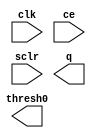
module debounce_counter (
  clk, ce, thresh0, sclr, q
)/* synthesis syn_black_box syn_noprune=1 */;
  input clk;
  input ce;
  output thresh0;
  input sclr;
  output [15 : 0] q;
  
  // synthesis translate_off
  
  wire N0;
  wire N01;
  wire N1;
  wire \\\\\\\\\\\\\\\\U0/i_synth/i_baseblox.i_baseblox_counter/q_thresh0_i_19 ;
  wire \\\\\\\\\\\\\\\\U0/i_synth/i_baseblox.i_baseblox_counter/the_addsub/no_pipelining.the_addsub/i_lut4.i_lut4_addsub/i_simple_model.i_gt_1.carrychaingen[10].carrymux_rt_52 ;
  wire \\\\\\\\\\\\\\\\U0/i_synth/i_baseblox.i_baseblox_counter/the_addsub/no_pipelining.the_addsub/i_lut4.i_lut4_addsub/i_simple_model.i_gt_1.carrychaingen[11].carrymux_rt_53 ;
  wire \\\\\\\\\\\\\\\\U0/i_synth/i_baseblox.i_baseblox_counter/the_addsub/no_pipelining.the_addsub/i_lut4.i_lut4_addsub/i_simple_model.i_gt_1.carrychaingen[12].carrymux_rt_54 ;
  wire \\\\\\\\\\\\\\\\U0/i_synth/i_baseblox.i_baseblox_counter/the_addsub/no_pipelining.the_addsub/i_lut4.i_lut4_addsub/i_simple_model.i_gt_1.carrychaingen[13].carrymux_rt_55 ;
  wire \\\\\\\\\\\\\\\\U0/i_synth/i_baseblox.i_baseblox_counter/the_addsub/no_pipelining.the_addsub/i_lut4.i_lut4_addsub/i_simple_model.i_gt_1.carrychaingen[14].carrymux_rt_56 ;
  wire \\\\\\\\\\\\\\\\U0/i_synth/i_baseblox.i_baseblox_counter/the_addsub/no_pipelining.the_addsub/i_lut4.i_lut4_addsub/i_simple_model.i_gt_1.carrychaingen[1].carrymux_rt_57 ;
  wire \\\\\\\\\\\\\\\\U0/i_synth/i_baseblox.i_baseblox_counter/the_addsub/no_pipelining.the_addsub/i_lut4.i_lut4_addsub/i_simple_model.i_gt_1.carrychaingen[2].carrymux_rt_58 ;
  wire \\\\\\\\\\\\\\\\U0/i_synth/i_baseblox.i_baseblox_counter/the_addsub/no_pipelining.the_addsub/i_lut4.i_lut4_addsub/i_simple_model.i_gt_1.carrychaingen[3].carrymux_rt_59 ;
  wire \\\\\\\\\\\\\\\\U0/i_synth/i_baseblox.i_baseblox_counter/the_addsub/no_pipelining.the_addsub/i_lut4.i_lut4_addsub/i_simple_model.i_gt_1.carrychaingen[4].carrymux_rt_60 ;
  wire \\\\\\\\\\\\\\\\U0/i_synth/i_baseblox.i_baseblox_counter/the_addsub/no_pipelining.the_addsub/i_lut4.i_lut4_addsub/i_simple_model.i_gt_1.carrychaingen[5].carrymux_rt_61 ;
  wire \\\\\\\\\\\\\\\\U0/i_synth/i_baseblox.i_baseblox_counter/the_addsub/no_pipelining.the_addsub/i_lut4.i_lut4_addsub/i_simple_model.i_gt_1.carrychaingen[6].carrymux_rt_62 ;
  wire \\\\\\\\\\\\\\\\U0/i_synth/i_baseblox.i_baseblox_counter/the_addsub/no_pipelining.the_addsub/i_lut4.i_lut4_addsub/i_simple_model.i_gt_1.carrychaingen[7].carrymux_rt_63 ;
  wire \\\\\\\\\\\\\\\\U0/i_synth/i_baseblox.i_baseblox_counter/the_addsub/no_pipelining.the_addsub/i_lut4.i_lut4_addsub/i_simple_model.i_gt_1.carrychaingen[8].carrymux_rt_64 ;
  wire \\\\\\\\\\\\\\\\U0/i_synth/i_baseblox.i_baseblox_counter/the_addsub/no_pipelining.the_addsub/i_lut4.i_lut4_addsub/i_simple_model.i_gt_1.carrychaingen[9].carrymux_rt_65 ;
  wire \\\\\\\\\\\\\\\\U0/i_synth/i_baseblox.i_baseblox_counter/thresh0_i ;
  wire \\\\\\\\\\\\\\\\U0/i_synth/i_baseblox.i_baseblox_counter/thresh0_i_cmp_eq00000_67 ;
  wire \\\\\\\\\\\\\\\\U0/i_synth/i_baseblox.i_baseblox_counter/thresh0_i_cmp_eq000012_68 ;
  wire \\\\\\\\\\\\\\\\U0/i_synth/i_baseblox.i_baseblox_counter/thresh0_i_cmp_eq000017_69 ;
  wire \\\\\\\\\\\\\\\\U0/i_synth/i_baseblox.i_baseblox_counter/thresh0_i_cmp_eq000027_70 ;
  wire \\\\\\\\\\\\\\\\U0/i_synth/i_baseblox.i_baseblox_counter/thresh0_i_cmp_eq00005_71 ;
  wire [15 : 0] \\\\\\\\\\\\\\\\U0/i_synth/i_baseblox.i_baseblox_counter/q_next ;
  wire [14 : 0] \\\\\\\\\\\\\\\\U0/i_synth/i_baseblox.i_baseblox_counter/the_addsub/no_pipelining.the_addsub/i_lut4.i_lut4_addsub/carry_simple ;
  wire [0 : 0] \\\\\\\\\\\\\\\\U0/i_synth/i_baseblox.i_baseblox_counter/the_addsub/no_pipelining.the_addsub/i_lut4.i_lut4_addsub/halfsum ;
  wire [16 : 1] \\\\\\\\\\\\\\\\NlwRenamedSig_OI_U0/i_synth/i_baseblox.i_baseblox_counter/the_addsub/no_pipelining.the_addsub/i_lut4.i_lut4_addsub/i_q.i_simple.qreg/fd/output ;
  assign
    thresh0 = \\\\\\\\\\\\\\\\U0/i_synth/i_baseblox.i_baseblox_counter/q_thresh0_i_19 ,
    q[15] = 
\\\\\\\\\\\\\\\\NlwRenamedSig_OI_U0/i_synth/i_baseblox.i_baseblox_counter/the_addsub/no_pipelining.the_addsub/i_lut4.i_lut4_addsub/i_q.i_simple.qreg/fd/output [16],
    q[14] = 
\\\\\\\\\\\\\\\\NlwRenamedSig_OI_U0/i_synth/i_baseblox.i_baseblox_counter/the_addsub/no_pipelining.the_addsub/i_lut4.i_lut4_addsub/i_q.i_simple.qreg/fd/output [15],
    q[13] = 
\\\\\\\\\\\\\\\\NlwRenamedSig_OI_U0/i_synth/i_baseblox.i_baseblox_counter/the_addsub/no_pipelining.the_addsub/i_lut4.i_lut4_addsub/i_q.i_simple.qreg/fd/output [14],
    q[12] = 
\\\\\\\\\\\\\\\\NlwRenamedSig_OI_U0/i_synth/i_baseblox.i_baseblox_counter/the_addsub/no_pipelining.the_addsub/i_lut4.i_lut4_addsub/i_q.i_simple.qreg/fd/output [13],
    q[11] = 
\\\\\\\\\\\\\\\\NlwRenamedSig_OI_U0/i_synth/i_baseblox.i_baseblox_counter/the_addsub/no_pipelining.the_addsub/i_lut4.i_lut4_addsub/i_q.i_simple.qreg/fd/output [12],
    q[10] = 
\\\\\\\\\\\\\\\\NlwRenamedSig_OI_U0/i_synth/i_baseblox.i_baseblox_counter/the_addsub/no_pipelining.the_addsub/i_lut4.i_lut4_addsub/i_q.i_simple.qreg/fd/output [11],
    q[9] = 
\\\\\\\\\\\\\\\\NlwRenamedSig_OI_U0/i_synth/i_baseblox.i_baseblox_counter/the_addsub/no_pipelining.the_addsub/i_lut4.i_lut4_addsub/i_q.i_simple.qreg/fd/output [10],
    q[8] = 
\\\\\\\\\\\\\\\\NlwRenamedSig_OI_U0/i_synth/i_baseblox.i_baseblox_counter/the_addsub/no_pipelining.the_addsub/i_lut4.i_lut4_addsub/i_q.i_simple.qreg/fd/output [9],
    q[7] = 
\\\\\\\\\\\\\\\\NlwRenamedSig_OI_U0/i_synth/i_baseblox.i_baseblox_counter/the_addsub/no_pipelining.the_addsub/i_lut4.i_lut4_addsub/i_q.i_simple.qreg/fd/output [8],
    q[6] = 
\\\\\\\\\\\\\\\\NlwRenamedSig_OI_U0/i_synth/i_baseblox.i_baseblox_counter/the_addsub/no_pipelining.the_addsub/i_lut4.i_lut4_addsub/i_q.i_simple.qreg/fd/output [7],
    q[5] = 
\\\\\\\\\\\\\\\\NlwRenamedSig_OI_U0/i_synth/i_baseblox.i_baseblox_counter/the_addsub/no_pipelining.the_addsub/i_lut4.i_lut4_addsub/i_q.i_simple.qreg/fd/output [6],
    q[4] = 
\\\\\\\\\\\\\\\\NlwRenamedSig_OI_U0/i_synth/i_baseblox.i_baseblox_counter/the_addsub/no_pipelining.the_addsub/i_lut4.i_lut4_addsub/i_q.i_simple.qreg/fd/output [5],
    q[3] = 
\\\\\\\\\\\\\\\\NlwRenamedSig_OI_U0/i_synth/i_baseblox.i_baseblox_counter/the_addsub/no_pipelining.the_addsub/i_lut4.i_lut4_addsub/i_q.i_simple.qreg/fd/output [4],
    q[2] = 
\\\\\\\\\\\\\\\\NlwRenamedSig_OI_U0/i_synth/i_baseblox.i_baseblox_counter/the_addsub/no_pipelining.the_addsub/i_lut4.i_lut4_addsub/i_q.i_simple.qreg/fd/output [3],
    q[1] = 
\\\\\\\\\\\\\\\\NlwRenamedSig_OI_U0/i_synth/i_baseblox.i_baseblox_counter/the_addsub/no_pipelining.the_addsub/i_lut4.i_lut4_addsub/i_q.i_simple.qreg/fd/output [2],
    q[0] = 
\\\\\\\\\\\\\\\\NlwRenamedSig_OI_U0/i_synth/i_baseblox.i_baseblox_counter/the_addsub/no_pipelining.the_addsub/i_lut4.i_lut4_addsub/i_q.i_simple.qreg/fd/output [1];
  GND   XST_GND (
    .G(N0)
  );
  VCC   XST_VCC (
    .P(N1)
  );
  FDRE #(
    .INIT ( 1'b0 ))
  \\\\\\\\\\\\\\\\U0/i_synth/i_baseblox.i_baseblox_counter/q_thresh0_i  (
    .C(clk),
    .CE(ce),
    .D(\\\\\\\\\\\\\\\\U0/i_synth/i_baseblox.i_baseblox_counter/thresh0_i ),
    .R(sclr),
    .Q(\\\\\\\\\\\\\\\\U0/i_synth/i_baseblox.i_baseblox_counter/q_thresh0_i_19 )
  );
  FDRE #(
    .INIT ( 1'b0 ))
  \\\\\\\\\\\\\\\\U0/i_synth/i_baseblox.i_baseblox_counter/the_addsub/no_pipelining.the_addsub/i_lut4.i_lut4_addsub/i_q.i_simple.qreg/fd/output_1  (
    .C(clk),
    .CE(ce),
    .D(\\\\\\\\\\\\\\\\U0/i_synth/i_baseblox.i_baseblox_counter/q_next [0]),
    .R(sclr),
    .Q
(\\\\\\\\\\\\\\\\NlwRenamedSig_OI_U0/i_synth/i_baseblox.i_baseblox_counter/the_addsub/no_pipelining.the_addsub/i_lut4.i_lut4_addsub/i_q.i_simple.qreg/fd/output [1])
  );
  FDRE #(
    .INIT ( 1'b0 ))
  \\\\\\\\\\\\\\\\U0/i_synth/i_baseblox.i_baseblox_counter/the_addsub/no_pipelining.the_addsub/i_lut4.i_lut4_addsub/i_q.i_simple.qreg/fd/output_2  (
    .C(clk),
    .CE(ce),
    .D(\\\\\\\\\\\\\\\\U0/i_synth/i_baseblox.i_baseblox_counter/q_next [1]),
    .R(sclr),
    .Q
(\\\\\\\\\\\\\\\\NlwRenamedSig_OI_U0/i_synth/i_baseblox.i_baseblox_counter/the_addsub/no_pipelining.the_addsub/i_lut4.i_lut4_addsub/i_q.i_simple.qreg/fd/output [2])
  );
  FDRE #(
    .INIT ( 1'b0 ))
  \\\\\\\\\\\\\\\\U0/i_synth/i_baseblox.i_baseblox_counter/the_addsub/no_pipelining.the_addsub/i_lut4.i_lut4_addsub/i_q.i_simple.qreg/fd/output_3  (
    .C(clk),
    .CE(ce),
    .D(\\\\\\\\\\\\\\\\U0/i_synth/i_baseblox.i_baseblox_counter/q_next [2]),
    .R(sclr),
    .Q
(\\\\\\\\\\\\\\\\NlwRenamedSig_OI_U0/i_synth/i_baseblox.i_baseblox_counter/the_addsub/no_pipelining.the_addsub/i_lut4.i_lut4_addsub/i_q.i_simple.qreg/fd/output [3])
  );
  FDRE #(
    .INIT ( 1'b0 ))
  \\\\\\\\\\\\\\\\U0/i_synth/i_baseblox.i_baseblox_counter/the_addsub/no_pipelining.the_addsub/i_lut4.i_lut4_addsub/i_q.i_simple.qreg/fd/output_4  (
    .C(clk),
    .CE(ce),
    .D(\\\\\\\\\\\\\\\\U0/i_synth/i_baseblox.i_baseblox_counter/q_next [3]),
    .R(sclr),
    .Q
(\\\\\\\\\\\\\\\\NlwRenamedSig_OI_U0/i_synth/i_baseblox.i_baseblox_counter/the_addsub/no_pipelining.the_addsub/i_lut4.i_lut4_addsub/i_q.i_simple.qreg/fd/output [4])
  );
  FDRE #(
    .INIT ( 1'b0 ))
  \\\\\\\\\\\\\\\\U0/i_synth/i_baseblox.i_baseblox_counter/the_addsub/no_pipelining.the_addsub/i_lut4.i_lut4_addsub/i_q.i_simple.qreg/fd/output_5  (
    .C(clk),
    .CE(ce),
    .D(\\\\\\\\\\\\\\\\U0/i_synth/i_baseblox.i_baseblox_counter/q_next [4]),
    .R(sclr),
    .Q
(\\\\\\\\\\\\\\\\NlwRenamedSig_OI_U0/i_synth/i_baseblox.i_baseblox_counter/the_addsub/no_pipelining.the_addsub/i_lut4.i_lut4_addsub/i_q.i_simple.qreg/fd/output [5])
  );
  FDRE #(
    .INIT ( 1'b0 ))
  \\\\\\\\\\\\\\\\U0/i_synth/i_baseblox.i_baseblox_counter/the_addsub/no_pipelining.the_addsub/i_lut4.i_lut4_addsub/i_q.i_simple.qreg/fd/output_6  (
    .C(clk),
    .CE(ce),
    .D(\\\\\\\\\\\\\\\\U0/i_synth/i_baseblox.i_baseblox_counter/q_next [5]),
    .R(sclr),
    .Q
(\\\\\\\\\\\\\\\\NlwRenamedSig_OI_U0/i_synth/i_baseblox.i_baseblox_counter/the_addsub/no_pipelining.the_addsub/i_lut4.i_lut4_addsub/i_q.i_simple.qreg/fd/output [6])
  );
  FDRE #(
    .INIT ( 1'b0 ))
  \\\\\\\\\\\\\\\\U0/i_synth/i_baseblox.i_baseblox_counter/the_addsub/no_pipelining.the_addsub/i_lut4.i_lut4_addsub/i_q.i_simple.qreg/fd/output_7  (
    .C(clk),
    .CE(ce),
    .D(\\\\\\\\\\\\\\\\U0/i_synth/i_baseblox.i_baseblox_counter/q_next [6]),
    .R(sclr),
    .Q
(\\\\\\\\\\\\\\\\NlwRenamedSig_OI_U0/i_synth/i_baseblox.i_baseblox_counter/the_addsub/no_pipelining.the_addsub/i_lut4.i_lut4_addsub/i_q.i_simple.qreg/fd/output [7])
  );
  FDRE #(
    .INIT ( 1'b0 ))
  \\\\\\\\\\\\\\\\U0/i_synth/i_baseblox.i_baseblox_counter/the_addsub/no_pipelining.the_addsub/i_lut4.i_lut4_addsub/i_q.i_simple.qreg/fd/output_8  (
    .C(clk),
    .CE(ce),
    .D(\\\\\\\\\\\\\\\\U0/i_synth/i_baseblox.i_baseblox_counter/q_next [7]),
    .R(sclr),
    .Q
(\\\\\\\\\\\\\\\\NlwRenamedSig_OI_U0/i_synth/i_baseblox.i_baseblox_counter/the_addsub/no_pipelining.the_addsub/i_lut4.i_lut4_addsub/i_q.i_simple.qreg/fd/output [8])
  );
  FDRE #(
    .INIT ( 1'b0 ))
  \\\\\\\\\\\\\\\\U0/i_synth/i_baseblox.i_baseblox_counter/the_addsub/no_pipelining.the_addsub/i_lut4.i_lut4_addsub/i_q.i_simple.qreg/fd/output_9  (
    .C(clk),
    .CE(ce),
    .D(\\\\\\\\\\\\\\\\U0/i_synth/i_baseblox.i_baseblox_counter/q_next [8]),
    .R(sclr),
    .Q
(\\\\\\\\\\\\\\\\NlwRenamedSig_OI_U0/i_synth/i_baseblox.i_baseblox_counter/the_addsub/no_pipelining.the_addsub/i_lut4.i_lut4_addsub/i_q.i_simple.qreg/fd/output [9])
  );
  FDRE #(
    .INIT ( 1'b0 ))
  \\\\\\\\\\\\\\\\U0/i_synth/i_baseblox.i_baseblox_counter/the_addsub/no_pipelining.the_addsub/i_lut4.i_lut4_addsub/i_q.i_simple.qreg/fd/output_10  (
    .C(clk),
    .CE(ce),
    .D(\\\\\\\\\\\\\\\\U0/i_synth/i_baseblox.i_baseblox_counter/q_next [9]),
    .R(sclr),
    .Q
(\\\\\\\\\\\\\\\\NlwRenamedSig_OI_U0/i_synth/i_baseblox.i_baseblox_counter/the_addsub/no_pipelining.the_addsub/i_lut4.i_lut4_addsub/i_q.i_simple.qreg/fd/output [10])
  );
  FDRE #(
    .INIT ( 1'b0 ))
  \\\\\\\\\\\\\\\\U0/i_synth/i_baseblox.i_baseblox_counter/the_addsub/no_pipelining.the_addsub/i_lut4.i_lut4_addsub/i_q.i_simple.qreg/fd/output_11  (
    .C(clk),
    .CE(ce),
    .D(\\\\\\\\\\\\\\\\U0/i_synth/i_baseblox.i_baseblox_counter/q_next [10]),
    .R(sclr),
    .Q
(\\\\\\\\\\\\\\\\NlwRenamedSig_OI_U0/i_synth/i_baseblox.i_baseblox_counter/the_addsub/no_pipelining.the_addsub/i_lut4.i_lut4_addsub/i_q.i_simple.qreg/fd/output [11])
  );
  FDRE #(
    .INIT ( 1'b0 ))
  \\\\\\\\\\\\\\\\U0/i_synth/i_baseblox.i_baseblox_counter/the_addsub/no_pipelining.the_addsub/i_lut4.i_lut4_addsub/i_q.i_simple.qreg/fd/output_12  (
    .C(clk),
    .CE(ce),
    .D(\\\\\\\\\\\\\\\\U0/i_synth/i_baseblox.i_baseblox_counter/q_next [11]),
    .R(sclr),
    .Q
(\\\\\\\\\\\\\\\\NlwRenamedSig_OI_U0/i_synth/i_baseblox.i_baseblox_counter/the_addsub/no_pipelining.the_addsub/i_lut4.i_lut4_addsub/i_q.i_simple.qreg/fd/output [12])
  );
  FDRE #(
    .INIT ( 1'b0 ))
  \\\\\\\\\\\\\\\\U0/i_synth/i_baseblox.i_baseblox_counter/the_addsub/no_pipelining.the_addsub/i_lut4.i_lut4_addsub/i_q.i_simple.qreg/fd/output_13  (
    .C(clk),
    .CE(ce),
    .D(\\\\\\\\\\\\\\\\U0/i_synth/i_baseblox.i_baseblox_counter/q_next [12]),
    .R(sclr),
    .Q
(\\\\\\\\\\\\\\\\NlwRenamedSig_OI_U0/i_synth/i_baseblox.i_baseblox_counter/the_addsub/no_pipelining.the_addsub/i_lut4.i_lut4_addsub/i_q.i_simple.qreg/fd/output [13])
  );
  FDRE #(
    .INIT ( 1'b0 ))
  \\\\\\\\\\\\\\\\U0/i_synth/i_baseblox.i_baseblox_counter/the_addsub/no_pipelining.the_addsub/i_lut4.i_lut4_addsub/i_q.i_simple.qreg/fd/output_14  (
    .C(clk),
    .CE(ce),
    .D(\\\\\\\\\\\\\\\\U0/i_synth/i_baseblox.i_baseblox_counter/q_next [13]),
    .R(sclr),
    .Q
(\\\\\\\\\\\\\\\\NlwRenamedSig_OI_U0/i_synth/i_baseblox.i_baseblox_counter/the_addsub/no_pipelining.the_addsub/i_lut4.i_lut4_addsub/i_q.i_simple.qreg/fd/output [14])
  );
  FDRE #(
    .INIT ( 1'b0 ))
  \\\\\\\\\\\\\\\\U0/i_synth/i_baseblox.i_baseblox_counter/the_addsub/no_pipelining.the_addsub/i_lut4.i_lut4_addsub/i_q.i_simple.qreg/fd/output_15  (
    .C(clk),
    .CE(ce),
    .D(\\\\\\\\\\\\\\\\U0/i_synth/i_baseblox.i_baseblox_counter/q_next [14]),
    .R(sclr),
    .Q
(\\\\\\\\\\\\\\\\NlwRenamedSig_OI_U0/i_synth/i_baseblox.i_baseblox_counter/the_addsub/no_pipelining.the_addsub/i_lut4.i_lut4_addsub/i_q.i_simple.qreg/fd/output [15])
  );
  FDRE #(
    .INIT ( 1'b0 ))
  \\\\\\\\\\\\\\\\U0/i_synth/i_baseblox.i_baseblox_counter/the_addsub/no_pipelining.the_addsub/i_lut4.i_lut4_addsub/i_q.i_simple.qreg/fd/output_16  (
    .C(clk),
    .CE(ce),
    .D(\\\\\\\\\\\\\\\\U0/i_synth/i_baseblox.i_baseblox_counter/q_next [15]),
    .R(sclr),
    .Q
(\\\\\\\\\\\\\\\\NlwRenamedSig_OI_U0/i_synth/i_baseblox.i_baseblox_counter/the_addsub/no_pipelining.the_addsub/i_lut4.i_lut4_addsub/i_q.i_simple.qreg/fd/output [16])
  );
  XORCY 
  \\\\\\\\\\\\\\\\U0/i_synth/i_baseblox.i_baseblox_counter/the_addsub/no_pipelining.the_addsub/i_lut4.i_lut4_addsub/i_simple_model.i_gt_1.carrychaingen[14].carryxor  (
    .CI(\\\\\\\\\\\\\\\\U0/i_synth/i_baseblox.i_baseblox_counter/the_addsub/no_pipelining.the_addsub/i_lut4.i_lut4_addsub/carry_simple [13]),
    .LI
(\\\\\\\\\\\\\\\\U0/i_synth/i_baseblox.i_baseblox_counter/the_addsub/no_pipelining.the_addsub/i_lut4.i_lut4_addsub/i_simple_model.i_gt_1.carrychaingen[14].carrymux_rt_56 )
,
    .O(\\\\\\\\\\\\\\\\U0/i_synth/i_baseblox.i_baseblox_counter/q_next [14])
  );
  MUXCY 
  \\\\\\\\\\\\\\\\U0/i_synth/i_baseblox.i_baseblox_counter/the_addsub/no_pipelining.the_addsub/i_lut4.i_lut4_addsub/i_simple_model.i_gt_1.carrychaingen[14].carrymux  (
    .CI(\\\\\\\\\\\\\\\\U0/i_synth/i_baseblox.i_baseblox_counter/the_addsub/no_pipelining.the_addsub/i_lut4.i_lut4_addsub/carry_simple [13]),
    .DI(N0),
    .S
(\\\\\\\\\\\\\\\\U0/i_synth/i_baseblox.i_baseblox_counter/the_addsub/no_pipelining.the_addsub/i_lut4.i_lut4_addsub/i_simple_model.i_gt_1.carrychaingen[14].carrymux_rt_56 )
,
    .O(\\\\\\\\\\\\\\\\U0/i_synth/i_baseblox.i_baseblox_counter/the_addsub/no_pipelining.the_addsub/i_lut4.i_lut4_addsub/carry_simple [14])
  );
  XORCY 
  \\\\\\\\\\\\\\\\U0/i_synth/i_baseblox.i_baseblox_counter/the_addsub/no_pipelining.the_addsub/i_lut4.i_lut4_addsub/i_simple_model.i_gt_1.carrychaingen[13].carryxor  (
    .CI(\\\\\\\\\\\\\\\\U0/i_synth/i_baseblox.i_baseblox_counter/the_addsub/no_pipelining.the_addsub/i_lut4.i_lut4_addsub/carry_simple [12]),
    .LI
(\\\\\\\\\\\\\\\\U0/i_synth/i_baseblox.i_baseblox_counter/the_addsub/no_pipelining.the_addsub/i_lut4.i_lut4_addsub/i_simple_model.i_gt_1.carrychaingen[13].carrymux_rt_55 )
,
    .O(\\\\\\\\\\\\\\\\U0/i_synth/i_baseblox.i_baseblox_counter/q_next [13])
  );
  MUXCY 
  \\\\\\\\\\\\\\\\U0/i_synth/i_baseblox.i_baseblox_counter/the_addsub/no_pipelining.the_addsub/i_lut4.i_lut4_addsub/i_simple_model.i_gt_1.carrychaingen[13].carrymux  (
    .CI(\\\\\\\\\\\\\\\\U0/i_synth/i_baseblox.i_baseblox_counter/the_addsub/no_pipelining.the_addsub/i_lut4.i_lut4_addsub/carry_simple [12]),
    .DI(N0),
    .S
(\\\\\\\\\\\\\\\\U0/i_synth/i_baseblox.i_baseblox_counter/the_addsub/no_pipelining.the_addsub/i_lut4.i_lut4_addsub/i_simple_model.i_gt_1.carrychaingen[13].carrymux_rt_55 )
,
    .O(\\\\\\\\\\\\\\\\U0/i_synth/i_baseblox.i_baseblox_counter/the_addsub/no_pipelining.the_addsub/i_lut4.i_lut4_addsub/carry_simple [13])
  );
  XORCY 
  \\\\\\\\\\\\\\\\U0/i_synth/i_baseblox.i_baseblox_counter/the_addsub/no_pipelining.the_addsub/i_lut4.i_lut4_addsub/i_simple_model.i_gt_1.carrychaingen[12].carryxor  (
    .CI(\\\\\\\\\\\\\\\\U0/i_synth/i_baseblox.i_baseblox_counter/the_addsub/no_pipelining.the_addsub/i_lut4.i_lut4_addsub/carry_simple [11]),
    .LI
(\\\\\\\\\\\\\\\\U0/i_synth/i_baseblox.i_baseblox_counter/the_addsub/no_pipelining.the_addsub/i_lut4.i_lut4_addsub/i_simple_model.i_gt_1.carrychaingen[12].carrymux_rt_54 )
,
    .O(\\\\\\\\\\\\\\\\U0/i_synth/i_baseblox.i_baseblox_counter/q_next [12])
  );
  MUXCY 
  \\\\\\\\\\\\\\\\U0/i_synth/i_baseblox.i_baseblox_counter/the_addsub/no_pipelining.the_addsub/i_lut4.i_lut4_addsub/i_simple_model.i_gt_1.carrychaingen[12].carrymux  (
    .CI(\\\\\\\\\\\\\\\\U0/i_synth/i_baseblox.i_baseblox_counter/the_addsub/no_pipelining.the_addsub/i_lut4.i_lut4_addsub/carry_simple [11]),
    .DI(N0),
    .S
(\\\\\\\\\\\\\\\\U0/i_synth/i_baseblox.i_baseblox_counter/the_addsub/no_pipelining.the_addsub/i_lut4.i_lut4_addsub/i_simple_model.i_gt_1.carrychaingen[12].carrymux_rt_54 )
,
    .O(\\\\\\\\\\\\\\\\U0/i_synth/i_baseblox.i_baseblox_counter/the_addsub/no_pipelining.the_addsub/i_lut4.i_lut4_addsub/carry_simple [12])
  );
  XORCY 
  \\\\\\\\\\\\\\\\U0/i_synth/i_baseblox.i_baseblox_counter/the_addsub/no_pipelining.the_addsub/i_lut4.i_lut4_addsub/i_simple_model.i_gt_1.carrychaingen[11].carryxor  (
    .CI(\\\\\\\\\\\\\\\\U0/i_synth/i_baseblox.i_baseblox_counter/the_addsub/no_pipelining.the_addsub/i_lut4.i_lut4_addsub/carry_simple [10]),
    .LI
(\\\\\\\\\\\\\\\\U0/i_synth/i_baseblox.i_baseblox_counter/the_addsub/no_pipelining.the_addsub/i_lut4.i_lut4_addsub/i_simple_model.i_gt_1.carrychaingen[11].carrymux_rt_53 )
,
    .O(\\\\\\\\\\\\\\\\U0/i_synth/i_baseblox.i_baseblox_counter/q_next [11])
  );
  MUXCY 
  \\\\\\\\\\\\\\\\U0/i_synth/i_baseblox.i_baseblox_counter/the_addsub/no_pipelining.the_addsub/i_lut4.i_lut4_addsub/i_simple_model.i_gt_1.carrychaingen[11].carrymux  (
    .CI(\\\\\\\\\\\\\\\\U0/i_synth/i_baseblox.i_baseblox_counter/the_addsub/no_pipelining.the_addsub/i_lut4.i_lut4_addsub/carry_simple [10]),
    .DI(N0),
    .S
(\\\\\\\\\\\\\\\\U0/i_synth/i_baseblox.i_baseblox_counter/the_addsub/no_pipelining.the_addsub/i_lut4.i_lut4_addsub/i_simple_model.i_gt_1.carrychaingen[11].carrymux_rt_53 )
,
    .O(\\\\\\\\\\\\\\\\U0/i_synth/i_baseblox.i_baseblox_counter/the_addsub/no_pipelining.the_addsub/i_lut4.i_lut4_addsub/carry_simple [11])
  );
  XORCY 
  \\\\\\\\\\\\\\\\U0/i_synth/i_baseblox.i_baseblox_counter/the_addsub/no_pipelining.the_addsub/i_lut4.i_lut4_addsub/i_simple_model.i_gt_1.carrychaingen[10].carryxor  (
    .CI(\\\\\\\\\\\\\\\\U0/i_synth/i_baseblox.i_baseblox_counter/the_addsub/no_pipelining.the_addsub/i_lut4.i_lut4_addsub/carry_simple [9]),
    .LI
(\\\\\\\\\\\\\\\\U0/i_synth/i_baseblox.i_baseblox_counter/the_addsub/no_pipelining.the_addsub/i_lut4.i_lut4_addsub/i_simple_model.i_gt_1.carrychaingen[10].carrymux_rt_52 )
,
    .O(\\\\\\\\\\\\\\\\U0/i_synth/i_baseblox.i_baseblox_counter/q_next [10])
  );
  MUXCY 
  \\\\\\\\\\\\\\\\U0/i_synth/i_baseblox.i_baseblox_counter/the_addsub/no_pipelining.the_addsub/i_lut4.i_lut4_addsub/i_simple_model.i_gt_1.carrychaingen[10].carrymux  (
    .CI(\\\\\\\\\\\\\\\\U0/i_synth/i_baseblox.i_baseblox_counter/the_addsub/no_pipelining.the_addsub/i_lut4.i_lut4_addsub/carry_simple [9]),
    .DI(N0),
    .S
(\\\\\\\\\\\\\\\\U0/i_synth/i_baseblox.i_baseblox_counter/the_addsub/no_pipelining.the_addsub/i_lut4.i_lut4_addsub/i_simple_model.i_gt_1.carrychaingen[10].carrymux_rt_52 )
,
    .O(\\\\\\\\\\\\\\\\U0/i_synth/i_baseblox.i_baseblox_counter/the_addsub/no_pipelining.the_addsub/i_lut4.i_lut4_addsub/carry_simple [10])
  );
  XORCY 
  \\\\\\\\\\\\\\\\U0/i_synth/i_baseblox.i_baseblox_counter/the_addsub/no_pipelining.the_addsub/i_lut4.i_lut4_addsub/i_simple_model.i_gt_1.carrychaingen[9].carryxor  (
    .CI(\\\\\\\\\\\\\\\\U0/i_synth/i_baseblox.i_baseblox_counter/the_addsub/no_pipelining.the_addsub/i_lut4.i_lut4_addsub/carry_simple [8]),
    .LI
(\\\\\\\\\\\\\\\\U0/i_synth/i_baseblox.i_baseblox_counter/the_addsub/no_pipelining.the_addsub/i_lut4.i_lut4_addsub/i_simple_model.i_gt_1.carrychaingen[9].carrymux_rt_65 )
,
    .O(\\\\\\\\\\\\\\\\U0/i_synth/i_baseblox.i_baseblox_counter/q_next [9])
  );
  MUXCY 
  \\\\\\\\\\\\\\\\U0/i_synth/i_baseblox.i_baseblox_counter/the_addsub/no_pipelining.the_addsub/i_lut4.i_lut4_addsub/i_simple_model.i_gt_1.carrychaingen[9].carrymux  (
    .CI(\\\\\\\\\\\\\\\\U0/i_synth/i_baseblox.i_baseblox_counter/the_addsub/no_pipelining.the_addsub/i_lut4.i_lut4_addsub/carry_simple [8]),
    .DI(N0),
    .S
(\\\\\\\\\\\\\\\\U0/i_synth/i_baseblox.i_baseblox_counter/the_addsub/no_pipelining.the_addsub/i_lut4.i_lut4_addsub/i_simple_model.i_gt_1.carrychaingen[9].carrymux_rt_65 )
,
    .O(\\\\\\\\\\\\\\\\U0/i_synth/i_baseblox.i_baseblox_counter/the_addsub/no_pipelining.the_addsub/i_lut4.i_lut4_addsub/carry_simple [9])
  );
  XORCY 
  \\\\\\\\\\\\\\\\U0/i_synth/i_baseblox.i_baseblox_counter/the_addsub/no_pipelining.the_addsub/i_lut4.i_lut4_addsub/i_simple_model.i_gt_1.carrychaingen[8].carryxor  (
    .CI(\\\\\\\\\\\\\\\\U0/i_synth/i_baseblox.i_baseblox_counter/the_addsub/no_pipelining.the_addsub/i_lut4.i_lut4_addsub/carry_simple [7]),
    .LI
(\\\\\\\\\\\\\\\\U0/i_synth/i_baseblox.i_baseblox_counter/the_addsub/no_pipelining.the_addsub/i_lut4.i_lut4_addsub/i_simple_model.i_gt_1.carrychaingen[8].carrymux_rt_64 )
,
    .O(\\\\\\\\\\\\\\\\U0/i_synth/i_baseblox.i_baseblox_counter/q_next [8])
  );
  MUXCY 
  \\\\\\\\\\\\\\\\U0/i_synth/i_baseblox.i_baseblox_counter/the_addsub/no_pipelining.the_addsub/i_lut4.i_lut4_addsub/i_simple_model.i_gt_1.carrychaingen[8].carrymux  (
    .CI(\\\\\\\\\\\\\\\\U0/i_synth/i_baseblox.i_baseblox_counter/the_addsub/no_pipelining.the_addsub/i_lut4.i_lut4_addsub/carry_simple [7]),
    .DI(N0),
    .S
(\\\\\\\\\\\\\\\\U0/i_synth/i_baseblox.i_baseblox_counter/the_addsub/no_pipelining.the_addsub/i_lut4.i_lut4_addsub/i_simple_model.i_gt_1.carrychaingen[8].carrymux_rt_64 )
,
    .O(\\\\\\\\\\\\\\\\U0/i_synth/i_baseblox.i_baseblox_counter/the_addsub/no_pipelining.the_addsub/i_lut4.i_lut4_addsub/carry_simple [8])
  );
  XORCY 
  \\\\\\\\\\\\\\\\U0/i_synth/i_baseblox.i_baseblox_counter/the_addsub/no_pipelining.the_addsub/i_lut4.i_lut4_addsub/i_simple_model.i_gt_1.carrychaingen[7].carryxor  (
    .CI(\\\\\\\\\\\\\\\\U0/i_synth/i_baseblox.i_baseblox_counter/the_addsub/no_pipelining.the_addsub/i_lut4.i_lut4_addsub/carry_simple [6]),
    .LI
(\\\\\\\\\\\\\\\\U0/i_synth/i_baseblox.i_baseblox_counter/the_addsub/no_pipelining.the_addsub/i_lut4.i_lut4_addsub/i_simple_model.i_gt_1.carrychaingen[7].carrymux_rt_63 )
,
    .O(\\\\\\\\\\\\\\\\U0/i_synth/i_baseblox.i_baseblox_counter/q_next [7])
  );
  MUXCY 
  \\\\\\\\\\\\\\\\U0/i_synth/i_baseblox.i_baseblox_counter/the_addsub/no_pipelining.the_addsub/i_lut4.i_lut4_addsub/i_simple_model.i_gt_1.carrychaingen[7].carrymux  (
    .CI(\\\\\\\\\\\\\\\\U0/i_synth/i_baseblox.i_baseblox_counter/the_addsub/no_pipelining.the_addsub/i_lut4.i_lut4_addsub/carry_simple [6]),
    .DI(N0),
    .S
(\\\\\\\\\\\\\\\\U0/i_synth/i_baseblox.i_baseblox_counter/the_addsub/no_pipelining.the_addsub/i_lut4.i_lut4_addsub/i_simple_model.i_gt_1.carrychaingen[7].carrymux_rt_63 )
,
    .O(\\\\\\\\\\\\\\\\U0/i_synth/i_baseblox.i_baseblox_counter/the_addsub/no_pipelining.the_addsub/i_lut4.i_lut4_addsub/carry_simple [7])
  );
  XORCY 
  \\\\\\\\\\\\\\\\U0/i_synth/i_baseblox.i_baseblox_counter/the_addsub/no_pipelining.the_addsub/i_lut4.i_lut4_addsub/i_simple_model.i_gt_1.carrychaingen[6].carryxor  (
    .CI(\\\\\\\\\\\\\\\\U0/i_synth/i_baseblox.i_baseblox_counter/the_addsub/no_pipelining.the_addsub/i_lut4.i_lut4_addsub/carry_simple [5]),
    .LI
(\\\\\\\\\\\\\\\\U0/i_synth/i_baseblox.i_baseblox_counter/the_addsub/no_pipelining.the_addsub/i_lut4.i_lut4_addsub/i_simple_model.i_gt_1.carrychaingen[6].carrymux_rt_62 )
,
    .O(\\\\\\\\\\\\\\\\U0/i_synth/i_baseblox.i_baseblox_counter/q_next [6])
  );
  MUXCY 
  \\\\\\\\\\\\\\\\U0/i_synth/i_baseblox.i_baseblox_counter/the_addsub/no_pipelining.the_addsub/i_lut4.i_lut4_addsub/i_simple_model.i_gt_1.carrychaingen[6].carrymux  (
    .CI(\\\\\\\\\\\\\\\\U0/i_synth/i_baseblox.i_baseblox_counter/the_addsub/no_pipelining.the_addsub/i_lut4.i_lut4_addsub/carry_simple [5]),
    .DI(N0),
    .S
(\\\\\\\\\\\\\\\\U0/i_synth/i_baseblox.i_baseblox_counter/the_addsub/no_pipelining.the_addsub/i_lut4.i_lut4_addsub/i_simple_model.i_gt_1.carrychaingen[6].carrymux_rt_62 )
,
    .O(\\\\\\\\\\\\\\\\U0/i_synth/i_baseblox.i_baseblox_counter/the_addsub/no_pipelining.the_addsub/i_lut4.i_lut4_addsub/carry_simple [6])
  );
  XORCY 
  \\\\\\\\\\\\\\\\U0/i_synth/i_baseblox.i_baseblox_counter/the_addsub/no_pipelining.the_addsub/i_lut4.i_lut4_addsub/i_simple_model.i_gt_1.carrychaingen[5].carryxor  (
    .CI(\\\\\\\\\\\\\\\\U0/i_synth/i_baseblox.i_baseblox_counter/the_addsub/no_pipelining.the_addsub/i_lut4.i_lut4_addsub/carry_simple [4]),
    .LI
(\\\\\\\\\\\\\\\\U0/i_synth/i_baseblox.i_baseblox_counter/the_addsub/no_pipelining.the_addsub/i_lut4.i_lut4_addsub/i_simple_model.i_gt_1.carrychaingen[5].carrymux_rt_61 )
,
    .O(\\\\\\\\\\\\\\\\U0/i_synth/i_baseblox.i_baseblox_counter/q_next [5])
  );
  MUXCY 
  \\\\\\\\\\\\\\\\U0/i_synth/i_baseblox.i_baseblox_counter/the_addsub/no_pipelining.the_addsub/i_lut4.i_lut4_addsub/i_simple_model.i_gt_1.carrychaingen[5].carrymux  (
    .CI(\\\\\\\\\\\\\\\\U0/i_synth/i_baseblox.i_baseblox_counter/the_addsub/no_pipelining.the_addsub/i_lut4.i_lut4_addsub/carry_simple [4]),
    .DI(N0),
    .S
(\\\\\\\\\\\\\\\\U0/i_synth/i_baseblox.i_baseblox_counter/the_addsub/no_pipelining.the_addsub/i_lut4.i_lut4_addsub/i_simple_model.i_gt_1.carrychaingen[5].carrymux_rt_61 )
,
    .O(\\\\\\\\\\\\\\\\U0/i_synth/i_baseblox.i_baseblox_counter/the_addsub/no_pipelining.the_addsub/i_lut4.i_lut4_addsub/carry_simple [5])
  );
  XORCY 
  \\\\\\\\\\\\\\\\U0/i_synth/i_baseblox.i_baseblox_counter/the_addsub/no_pipelining.the_addsub/i_lut4.i_lut4_addsub/i_simple_model.i_gt_1.carrychaingen[4].carryxor  (
    .CI(\\\\\\\\\\\\\\\\U0/i_synth/i_baseblox.i_baseblox_counter/the_addsub/no_pipelining.the_addsub/i_lut4.i_lut4_addsub/carry_simple [3]),
    .LI
(\\\\\\\\\\\\\\\\U0/i_synth/i_baseblox.i_baseblox_counter/the_addsub/no_pipelining.the_addsub/i_lut4.i_lut4_addsub/i_simple_model.i_gt_1.carrychaingen[4].carrymux_rt_60 )
,
    .O(\\\\\\\\\\\\\\\\U0/i_synth/i_baseblox.i_baseblox_counter/q_next [4])
  );
  MUXCY 
  \\\\\\\\\\\\\\\\U0/i_synth/i_baseblox.i_baseblox_counter/the_addsub/no_pipelining.the_addsub/i_lut4.i_lut4_addsub/i_simple_model.i_gt_1.carrychaingen[4].carrymux  (
    .CI(\\\\\\\\\\\\\\\\U0/i_synth/i_baseblox.i_baseblox_counter/the_addsub/no_pipelining.the_addsub/i_lut4.i_lut4_addsub/carry_simple [3]),
    .DI(N0),
    .S
(\\\\\\\\\\\\\\\\U0/i_synth/i_baseblox.i_baseblox_counter/the_addsub/no_pipelining.the_addsub/i_lut4.i_lut4_addsub/i_simple_model.i_gt_1.carrychaingen[4].carrymux_rt_60 )
,
    .O(\\\\\\\\\\\\\\\\U0/i_synth/i_baseblox.i_baseblox_counter/the_addsub/no_pipelining.the_addsub/i_lut4.i_lut4_addsub/carry_simple [4])
  );
  XORCY 
  \\\\\\\\\\\\\\\\U0/i_synth/i_baseblox.i_baseblox_counter/the_addsub/no_pipelining.the_addsub/i_lut4.i_lut4_addsub/i_simple_model.i_gt_1.carrychaingen[3].carryxor  (
    .CI(\\\\\\\\\\\\\\\\U0/i_synth/i_baseblox.i_baseblox_counter/the_addsub/no_pipelining.the_addsub/i_lut4.i_lut4_addsub/carry_simple [2]),
    .LI
(\\\\\\\\\\\\\\\\U0/i_synth/i_baseblox.i_baseblox_counter/the_addsub/no_pipelining.the_addsub/i_lut4.i_lut4_addsub/i_simple_model.i_gt_1.carrychaingen[3].carrymux_rt_59 )
,
    .O(\\\\\\\\\\\\\\\\U0/i_synth/i_baseblox.i_baseblox_counter/q_next [3])
  );
  MUXCY 
  \\\\\\\\\\\\\\\\U0/i_synth/i_baseblox.i_baseblox_counter/the_addsub/no_pipelining.the_addsub/i_lut4.i_lut4_addsub/i_simple_model.i_gt_1.carrychaingen[3].carrymux  (
    .CI(\\\\\\\\\\\\\\\\U0/i_synth/i_baseblox.i_baseblox_counter/the_addsub/no_pipelining.the_addsub/i_lut4.i_lut4_addsub/carry_simple [2]),
    .DI(N0),
    .S
(\\\\\\\\\\\\\\\\U0/i_synth/i_baseblox.i_baseblox_counter/the_addsub/no_pipelining.the_addsub/i_lut4.i_lut4_addsub/i_simple_model.i_gt_1.carrychaingen[3].carrymux_rt_59 )
,
    .O(\\\\\\\\\\\\\\\\U0/i_synth/i_baseblox.i_baseblox_counter/the_addsub/no_pipelining.the_addsub/i_lut4.i_lut4_addsub/carry_simple [3])
  );
  XORCY 
  \\\\\\\\\\\\\\\\U0/i_synth/i_baseblox.i_baseblox_counter/the_addsub/no_pipelining.the_addsub/i_lut4.i_lut4_addsub/i_simple_model.i_gt_1.carrychaingen[2].carryxor  (
    .CI(\\\\\\\\\\\\\\\\U0/i_synth/i_baseblox.i_baseblox_counter/the_addsub/no_pipelining.the_addsub/i_lut4.i_lut4_addsub/carry_simple [1]),
    .LI
(\\\\\\\\\\\\\\\\U0/i_synth/i_baseblox.i_baseblox_counter/the_addsub/no_pipelining.the_addsub/i_lut4.i_lut4_addsub/i_simple_model.i_gt_1.carrychaingen[2].carrymux_rt_58 )
,
    .O(\\\\\\\\\\\\\\\\U0/i_synth/i_baseblox.i_baseblox_counter/q_next [2])
  );
  MUXCY 
  \\\\\\\\\\\\\\\\U0/i_synth/i_baseblox.i_baseblox_counter/the_addsub/no_pipelining.the_addsub/i_lut4.i_lut4_addsub/i_simple_model.i_gt_1.carrychaingen[2].carrymux  (
    .CI(\\\\\\\\\\\\\\\\U0/i_synth/i_baseblox.i_baseblox_counter/the_addsub/no_pipelining.the_addsub/i_lut4.i_lut4_addsub/carry_simple [1]),
    .DI(N0),
    .S
(\\\\\\\\\\\\\\\\U0/i_synth/i_baseblox.i_baseblox_counter/the_addsub/no_pipelining.the_addsub/i_lut4.i_lut4_addsub/i_simple_model.i_gt_1.carrychaingen[2].carrymux_rt_58 )
,
    .O(\\\\\\\\\\\\\\\\U0/i_synth/i_baseblox.i_baseblox_counter/the_addsub/no_pipelining.the_addsub/i_lut4.i_lut4_addsub/carry_simple [2])
  );
  XORCY 
  \\\\\\\\\\\\\\\\U0/i_synth/i_baseblox.i_baseblox_counter/the_addsub/no_pipelining.the_addsub/i_lut4.i_lut4_addsub/i_simple_model.i_gt_1.carrychaingen[1].carryxor  (
    .CI(\\\\\\\\\\\\\\\\U0/i_synth/i_baseblox.i_baseblox_counter/the_addsub/no_pipelining.the_addsub/i_lut4.i_lut4_addsub/carry_simple [0]),
    .LI
(\\\\\\\\\\\\\\\\U0/i_synth/i_baseblox.i_baseblox_counter/the_addsub/no_pipelining.the_addsub/i_lut4.i_lut4_addsub/i_simple_model.i_gt_1.carrychaingen[1].carrymux_rt_57 )
,
    .O(\\\\\\\\\\\\\\\\U0/i_synth/i_baseblox.i_baseblox_counter/q_next [1])
  );
  MUXCY 
  \\\\\\\\\\\\\\\\U0/i_synth/i_baseblox.i_baseblox_counter/the_addsub/no_pipelining.the_addsub/i_lut4.i_lut4_addsub/i_simple_model.i_gt_1.carrychaingen[1].carrymux  (
    .CI(\\\\\\\\\\\\\\\\U0/i_synth/i_baseblox.i_baseblox_counter/the_addsub/no_pipelining.the_addsub/i_lut4.i_lut4_addsub/carry_simple [0]),
    .DI(N0),
    .S
(\\\\\\\\\\\\\\\\U0/i_synth/i_baseblox.i_baseblox_counter/the_addsub/no_pipelining.the_addsub/i_lut4.i_lut4_addsub/i_simple_model.i_gt_1.carrychaingen[1].carrymux_rt_57 )
,
    .O(\\\\\\\\\\\\\\\\U0/i_synth/i_baseblox.i_baseblox_counter/the_addsub/no_pipelining.the_addsub/i_lut4.i_lut4_addsub/carry_simple [1])
  );
  XORCY   \\\\\\\\\\\\\\\\U0/i_synth/i_baseblox.i_baseblox_counter/the_addsub/no_pipelining.the_addsub/i_lut4.i_lut4_addsub/i_simple_model.i_gt_1.carryxortop  (
    .CI(\\\\\\\\\\\\\\\\U0/i_synth/i_baseblox.i_baseblox_counter/the_addsub/no_pipelining.the_addsub/i_lut4.i_lut4_addsub/carry_simple [14]),
    .LI
(\\\\\\\\\\\\\\\\NlwRenamedSig_OI_U0/i_synth/i_baseblox.i_baseblox_counter/the_addsub/no_pipelining.the_addsub/i_lut4.i_lut4_addsub/i_q.i_simple.qreg/fd/output [16])
,
    .O(\\\\\\\\\\\\\\\\U0/i_synth/i_baseblox.i_baseblox_counter/q_next [15])
  );
  XORCY   \\\\\\\\\\\\\\\\U0/i_synth/i_baseblox.i_baseblox_counter/the_addsub/no_pipelining.the_addsub/i_lut4.i_lut4_addsub/i_simple_model.carryxor0  (
    .CI(N0),
    .LI(\\\\\\\\\\\\\\\\U0/i_synth/i_baseblox.i_baseblox_counter/the_addsub/no_pipelining.the_addsub/i_lut4.i_lut4_addsub/halfsum [0]),
    .O(\\\\\\\\\\\\\\\\U0/i_synth/i_baseblox.i_baseblox_counter/q_next [0])
  );
  MUXCY   \\\\\\\\\\\\\\\\U0/i_synth/i_baseblox.i_baseblox_counter/the_addsub/no_pipelining.the_addsub/i_lut4.i_lut4_addsub/i_simple_model.i_need_mux.carrymux0  (
    .CI(N0),
    .DI(N1),
    .S(\\\\\\\\\\\\\\\\U0/i_synth/i_baseblox.i_baseblox_counter/the_addsub/no_pipelining.the_addsub/i_lut4.i_lut4_addsub/halfsum [0]),
    .O(\\\\\\\\\\\\\\\\U0/i_synth/i_baseblox.i_baseblox_counter/the_addsub/no_pipelining.the_addsub/i_lut4.i_lut4_addsub/carry_simple [0])
  );
  LUT2 #(
    .INIT ( 4'h8 ))
  \\\\\\\\\\\\\\\\U0/i_synth/i_baseblox.i_baseblox_counter/thresh0_i_cmp_eq00000  (
    .I0(\\\\\\\\\\\\\\\\U0/i_synth/i_baseblox.i_baseblox_counter/q_next [13]),
    .I1(\\\\\\\\\\\\\\\\U0/i_synth/i_baseblox.i_baseblox_counter/q_next [14]),
    .O(\\\\\\\\\\\\\\\\U0/i_synth/i_baseblox.i_baseblox_counter/thresh0_i_cmp_eq00000_67 )
  );
  LUT3 #(
    .INIT ( 8'h08 ))
  \\\\\\\\\\\\\\\\U0/i_synth/i_baseblox.i_baseblox_counter/thresh0_i_cmp_eq00005  (
    .I0(\\\\\\\\\\\\\\\\U0/i_synth/i_baseblox.i_baseblox_counter/q_next [7]),
    .I1(\\\\\\\\\\\\\\\\U0/i_synth/i_baseblox.i_baseblox_counter/q_next [6]),
    .I2(\\\\\\\\\\\\\\\\U0/i_synth/i_baseblox.i_baseblox_counter/q_next [15]),
    .O(\\\\\\\\\\\\\\\\U0/i_synth/i_baseblox.i_baseblox_counter/thresh0_i_cmp_eq00005_71 )
  );
  LUT4 #(
    .INIT ( 16'h8000 ))
  \\\\\\\\\\\\\\\\U0/i_synth/i_baseblox.i_baseblox_counter/thresh0_i_cmp_eq000017  (
    .I0(\\\\\\\\\\\\\\\\U0/i_synth/i_baseblox.i_baseblox_counter/q_next [10]),
    .I1(\\\\\\\\\\\\\\\\U0/i_synth/i_baseblox.i_baseblox_counter/q_next [9]),
    .I2(\\\\\\\\\\\\\\\\U0/i_synth/i_baseblox.i_baseblox_counter/q_next [8]),
    .I3(\\\\\\\\\\\\\\\\U0/i_synth/i_baseblox.i_baseblox_counter/thresh0_i_cmp_eq000012_68 ),
    .O(\\\\\\\\\\\\\\\\U0/i_synth/i_baseblox.i_baseblox_counter/thresh0_i_cmp_eq000017_69 )
  );
  LUT4 #(
    .INIT ( 16'h8000 ))
  \\\\\\\\\\\\\\\\U0/i_synth/i_baseblox.i_baseblox_counter/thresh0_i_cmp_eq000042  (
    .I0(\\\\\\\\\\\\\\\\U0/i_synth/i_baseblox.i_baseblox_counter/thresh0_i_cmp_eq00000_67 ),
    .I1(\\\\\\\\\\\\\\\\U0/i_synth/i_baseblox.i_baseblox_counter/thresh0_i_cmp_eq00005_71 ),
    .I2(\\\\\\\\\\\\\\\\U0/i_synth/i_baseblox.i_baseblox_counter/thresh0_i_cmp_eq000017_69 ),
    .I3(\\\\\\\\\\\\\\\\U0/i_synth/i_baseblox.i_baseblox_counter/thresh0_i_cmp_eq000027_70 ),
    .O(\\\\\\\\\\\\\\\\U0/i_synth/i_baseblox.i_baseblox_counter/thresh0_i )
  );
  LUT1 #(
    .INIT ( 2'h2 ))
  \\\\\\\\\\\\\\\\U0/i_synth/i_baseblox.i_baseblox_counter/the_addsub/no_pipelining.the_addsub/i_lut4.i_lut4_addsub/i_simple_model.i_gt_1.carrychaingen[14].carrymux_rt  (
    .I0
(\\\\\\\\\\\\\\\\NlwRenamedSig_OI_U0/i_synth/i_baseblox.i_baseblox_counter/the_addsub/no_pipelining.the_addsub/i_lut4.i_lut4_addsub/i_q.i_simple.qreg/fd/output [15])
,
    .O
(\\\\\\\\\\\\\\\\U0/i_synth/i_baseblox.i_baseblox_counter/the_addsub/no_pipelining.the_addsub/i_lut4.i_lut4_addsub/i_simple_model.i_gt_1.carrychaingen[14].carrymux_rt_56 )

  );
  LUT1 #(
    .INIT ( 2'h2 ))
  \\\\\\\\\\\\\\\\U0/i_synth/i_baseblox.i_baseblox_counter/the_addsub/no_pipelining.the_addsub/i_lut4.i_lut4_addsub/i_simple_model.i_gt_1.carrychaingen[13].carrymux_rt  (
    .I0
(\\\\\\\\\\\\\\\\NlwRenamedSig_OI_U0/i_synth/i_baseblox.i_baseblox_counter/the_addsub/no_pipelining.the_addsub/i_lut4.i_lut4_addsub/i_q.i_simple.qreg/fd/output [14])
,
    .O
(\\\\\\\\\\\\\\\\U0/i_synth/i_baseblox.i_baseblox_counter/the_addsub/no_pipelining.the_addsub/i_lut4.i_lut4_addsub/i_simple_model.i_gt_1.carrychaingen[13].carrymux_rt_55 )

  );
  LUT1 #(
    .INIT ( 2'h2 ))
  \\\\\\\\\\\\\\\\U0/i_synth/i_baseblox.i_baseblox_counter/the_addsub/no_pipelining.the_addsub/i_lut4.i_lut4_addsub/i_simple_model.i_gt_1.carrychaingen[12].carrymux_rt  (
    .I0
(\\\\\\\\\\\\\\\\NlwRenamedSig_OI_U0/i_synth/i_baseblox.i_baseblox_counter/the_addsub/no_pipelining.the_addsub/i_lut4.i_lut4_addsub/i_q.i_simple.qreg/fd/output [13])
,
    .O
(\\\\\\\\\\\\\\\\U0/i_synth/i_baseblox.i_baseblox_counter/the_addsub/no_pipelining.the_addsub/i_lut4.i_lut4_addsub/i_simple_model.i_gt_1.carrychaingen[12].carrymux_rt_54 )

  );
  LUT1 #(
    .INIT ( 2'h2 ))
  \\\\\\\\\\\\\\\\U0/i_synth/i_baseblox.i_baseblox_counter/the_addsub/no_pipelining.the_addsub/i_lut4.i_lut4_addsub/i_simple_model.i_gt_1.carrychaingen[11].carrymux_rt  (
    .I0
(\\\\\\\\\\\\\\\\NlwRenamedSig_OI_U0/i_synth/i_baseblox.i_baseblox_counter/the_addsub/no_pipelining.the_addsub/i_lut4.i_lut4_addsub/i_q.i_simple.qreg/fd/output [12])
,
    .O
(\\\\\\\\\\\\\\\\U0/i_synth/i_baseblox.i_baseblox_counter/the_addsub/no_pipelining.the_addsub/i_lut4.i_lut4_addsub/i_simple_model.i_gt_1.carrychaingen[11].carrymux_rt_53 )

  );
  LUT1 #(
    .INIT ( 2'h2 ))
  \\\\\\\\\\\\\\\\U0/i_synth/i_baseblox.i_baseblox_counter/the_addsub/no_pipelining.the_addsub/i_lut4.i_lut4_addsub/i_simple_model.i_gt_1.carrychaingen[10].carrymux_rt  (
    .I0
(\\\\\\\\\\\\\\\\NlwRenamedSig_OI_U0/i_synth/i_baseblox.i_baseblox_counter/the_addsub/no_pipelining.the_addsub/i_lut4.i_lut4_addsub/i_q.i_simple.qreg/fd/output [11])
,
    .O
(\\\\\\\\\\\\\\\\U0/i_synth/i_baseblox.i_baseblox_counter/the_addsub/no_pipelining.the_addsub/i_lut4.i_lut4_addsub/i_simple_model.i_gt_1.carrychaingen[10].carrymux_rt_52 )

  );
  LUT1 #(
    .INIT ( 2'h2 ))
  \\\\\\\\\\\\\\\\U0/i_synth/i_baseblox.i_baseblox_counter/the_addsub/no_pipelining.the_addsub/i_lut4.i_lut4_addsub/i_simple_model.i_gt_1.carrychaingen[9].carrymux_rt  (
    .I0
(\\\\\\\\\\\\\\\\NlwRenamedSig_OI_U0/i_synth/i_baseblox.i_baseblox_counter/the_addsub/no_pipelining.the_addsub/i_lut4.i_lut4_addsub/i_q.i_simple.qreg/fd/output [10])
,
    .O
(\\\\\\\\\\\\\\\\U0/i_synth/i_baseblox.i_baseblox_counter/the_addsub/no_pipelining.the_addsub/i_lut4.i_lut4_addsub/i_simple_model.i_gt_1.carrychaingen[9].carrymux_rt_65 )

  );
  LUT1 #(
    .INIT ( 2'h2 ))
  \\\\\\\\\\\\\\\\U0/i_synth/i_baseblox.i_baseblox_counter/the_addsub/no_pipelining.the_addsub/i_lut4.i_lut4_addsub/i_simple_model.i_gt_1.carrychaingen[8].carrymux_rt  (
    .I0
(\\\\\\\\\\\\\\\\NlwRenamedSig_OI_U0/i_synth/i_baseblox.i_baseblox_counter/the_addsub/no_pipelining.the_addsub/i_lut4.i_lut4_addsub/i_q.i_simple.qreg/fd/output [9]),
    .O
(\\\\\\\\\\\\\\\\U0/i_synth/i_baseblox.i_baseblox_counter/the_addsub/no_pipelining.the_addsub/i_lut4.i_lut4_addsub/i_simple_model.i_gt_1.carrychaingen[8].carrymux_rt_64 )

  );
  LUT1 #(
    .INIT ( 2'h2 ))
  \\\\\\\\\\\\\\\\U0/i_synth/i_baseblox.i_baseblox_counter/the_addsub/no_pipelining.the_addsub/i_lut4.i_lut4_addsub/i_simple_model.i_gt_1.carrychaingen[7].carrymux_rt  (
    .I0
(\\\\\\\\\\\\\\\\NlwRenamedSig_OI_U0/i_synth/i_baseblox.i_baseblox_counter/the_addsub/no_pipelining.the_addsub/i_lut4.i_lut4_addsub/i_q.i_simple.qreg/fd/output [8]),
    .O
(\\\\\\\\\\\\\\\\U0/i_synth/i_baseblox.i_baseblox_counter/the_addsub/no_pipelining.the_addsub/i_lut4.i_lut4_addsub/i_simple_model.i_gt_1.carrychaingen[7].carrymux_rt_63 )

  );
  LUT1 #(
    .INIT ( 2'h2 ))
  \\\\\\\\\\\\\\\\U0/i_synth/i_baseblox.i_baseblox_counter/the_addsub/no_pipelining.the_addsub/i_lut4.i_lut4_addsub/i_simple_model.i_gt_1.carrychaingen[6].carrymux_rt  (
    .I0
(\\\\\\\\\\\\\\\\NlwRenamedSig_OI_U0/i_synth/i_baseblox.i_baseblox_counter/the_addsub/no_pipelining.the_addsub/i_lut4.i_lut4_addsub/i_q.i_simple.qreg/fd/output [7]),
    .O
(\\\\\\\\\\\\\\\\U0/i_synth/i_baseblox.i_baseblox_counter/the_addsub/no_pipelining.the_addsub/i_lut4.i_lut4_addsub/i_simple_model.i_gt_1.carrychaingen[6].carrymux_rt_62 )

  );
  LUT1 #(
    .INIT ( 2'h2 ))
  \\\\\\\\\\\\\\\\U0/i_synth/i_baseblox.i_baseblox_counter/the_addsub/no_pipelining.the_addsub/i_lut4.i_lut4_addsub/i_simple_model.i_gt_1.carrychaingen[5].carrymux_rt  (
    .I0
(\\\\\\\\\\\\\\\\NlwRenamedSig_OI_U0/i_synth/i_baseblox.i_baseblox_counter/the_addsub/no_pipelining.the_addsub/i_lut4.i_lut4_addsub/i_q.i_simple.qreg/fd/output [6]),
    .O
(\\\\\\\\\\\\\\\\U0/i_synth/i_baseblox.i_baseblox_counter/the_addsub/no_pipelining.the_addsub/i_lut4.i_lut4_addsub/i_simple_model.i_gt_1.carrychaingen[5].carrymux_rt_61 )

  );
  LUT1 #(
    .INIT ( 2'h2 ))
  \\\\\\\\\\\\\\\\U0/i_synth/i_baseblox.i_baseblox_counter/the_addsub/no_pipelining.the_addsub/i_lut4.i_lut4_addsub/i_simple_model.i_gt_1.carrychaingen[4].carrymux_rt  (
    .I0
(\\\\\\\\\\\\\\\\NlwRenamedSig_OI_U0/i_synth/i_baseblox.i_baseblox_counter/the_addsub/no_pipelining.the_addsub/i_lut4.i_lut4_addsub/i_q.i_simple.qreg/fd/output [5]),
    .O
(\\\\\\\\\\\\\\\\U0/i_synth/i_baseblox.i_baseblox_counter/the_addsub/no_pipelining.the_addsub/i_lut4.i_lut4_addsub/i_simple_model.i_gt_1.carrychaingen[4].carrymux_rt_60 )

  );
  LUT1 #(
    .INIT ( 2'h2 ))
  \\\\\\\\\\\\\\\\U0/i_synth/i_baseblox.i_baseblox_counter/the_addsub/no_pipelining.the_addsub/i_lut4.i_lut4_addsub/i_simple_model.i_gt_1.carrychaingen[3].carrymux_rt  (
    .I0
(\\\\\\\\\\\\\\\\NlwRenamedSig_OI_U0/i_synth/i_baseblox.i_baseblox_counter/the_addsub/no_pipelining.the_addsub/i_lut4.i_lut4_addsub/i_q.i_simple.qreg/fd/output [4]),
    .O
(\\\\\\\\\\\\\\\\U0/i_synth/i_baseblox.i_baseblox_counter/the_addsub/no_pipelining.the_addsub/i_lut4.i_lut4_addsub/i_simple_model.i_gt_1.carrychaingen[3].carrymux_rt_59 )

  );
  LUT1 #(
    .INIT ( 2'h2 ))
  \\\\\\\\\\\\\\\\U0/i_synth/i_baseblox.i_baseblox_counter/the_addsub/no_pipelining.the_addsub/i_lut4.i_lut4_addsub/i_simple_model.i_gt_1.carrychaingen[2].carrymux_rt  (
    .I0
(\\\\\\\\\\\\\\\\NlwRenamedSig_OI_U0/i_synth/i_baseblox.i_baseblox_counter/the_addsub/no_pipelining.the_addsub/i_lut4.i_lut4_addsub/i_q.i_simple.qreg/fd/output [3]),
    .O
(\\\\\\\\\\\\\\\\U0/i_synth/i_baseblox.i_baseblox_counter/the_addsub/no_pipelining.the_addsub/i_lut4.i_lut4_addsub/i_simple_model.i_gt_1.carrychaingen[2].carrymux_rt_58 )

  );
  LUT1 #(
    .INIT ( 2'h2 ))
  \\\\\\\\\\\\\\\\U0/i_synth/i_baseblox.i_baseblox_counter/the_addsub/no_pipelining.the_addsub/i_lut4.i_lut4_addsub/i_simple_model.i_gt_1.carrychaingen[1].carrymux_rt  (
    .I0
(\\\\\\\\\\\\\\\\NlwRenamedSig_OI_U0/i_synth/i_baseblox.i_baseblox_counter/the_addsub/no_pipelining.the_addsub/i_lut4.i_lut4_addsub/i_q.i_simple.qreg/fd/output [2]),
    .O
(\\\\\\\\\\\\\\\\U0/i_synth/i_baseblox.i_baseblox_counter/the_addsub/no_pipelining.the_addsub/i_lut4.i_lut4_addsub/i_simple_model.i_gt_1.carrychaingen[1].carrymux_rt_57 )

  );
  LUT3 #(
    .INIT ( 8'h80 ))
  \\\\\\\\\\\\\\\\U0/i_synth/i_baseblox.i_baseblox_counter/thresh0_i_cmp_eq000027_SW0  (
    .I0(\\\\\\\\\\\\\\\\U0/i_synth/i_baseblox.i_baseblox_counter/q_next [2]),
    .I1(\\\\\\\\\\\\\\\\U0/i_synth/i_baseblox.i_baseblox_counter/q_next [3]),
    .I2(\\\\\\\\\\\\\\\\U0/i_synth/i_baseblox.i_baseblox_counter/q_next [4]),
    .O(N01)
  );
  INV   \\\\\\\\\\\\\\\\U0/i_synth/i_baseblox.i_baseblox_counter/the_addsub/no_pipelining.the_addsub/i_lut4.i_lut4_addsub/halfsum_not00001_INV_0  (
    .I
(\\\\\\\\\\\\\\\\NlwRenamedSig_OI_U0/i_synth/i_baseblox.i_baseblox_counter/the_addsub/no_pipelining.the_addsub/i_lut4.i_lut4_addsub/i_q.i_simple.qreg/fd/output [1]),
    .O(\\\\\\\\\\\\\\\\U0/i_synth/i_baseblox.i_baseblox_counter/the_addsub/no_pipelining.the_addsub/i_lut4.i_lut4_addsub/halfsum [0])
  );
  LUT2_L #(
    .INIT ( 4'h8 ))
  \\\\\\\\\\\\\\\\U0/i_synth/i_baseblox.i_baseblox_counter/thresh0_i_cmp_eq000012  (
    .I0(\\\\\\\\\\\\\\\\U0/i_synth/i_baseblox.i_baseblox_counter/q_next [0]),
    .I1(\\\\\\\\\\\\\\\\U0/i_synth/i_baseblox.i_baseblox_counter/q_next [1]),
    .LO(\\\\\\\\\\\\\\\\U0/i_synth/i_baseblox.i_baseblox_counter/thresh0_i_cmp_eq000012_68 )
  );
  LUT4_L #(
    .INIT ( 16'h8000 ))
  \\\\\\\\\\\\\\\\U0/i_synth/i_baseblox.i_baseblox_counter/thresh0_i_cmp_eq000027  (
    .I0(\\\\\\\\\\\\\\\\U0/i_synth/i_baseblox.i_baseblox_counter/q_next [12]),
    .I1(\\\\\\\\\\\\\\\\U0/i_synth/i_baseblox.i_baseblox_counter/q_next [11]),
    .I2(\\\\\\\\\\\\\\\\U0/i_synth/i_baseblox.i_baseblox_counter/q_next [5]),
    .I3(N01),
    .LO(\\\\\\\\\\\\\\\\U0/i_synth/i_baseblox.i_baseblox_counter/thresh0_i_cmp_eq000027_70 )
  );

// synthesis translate_on

endmodule